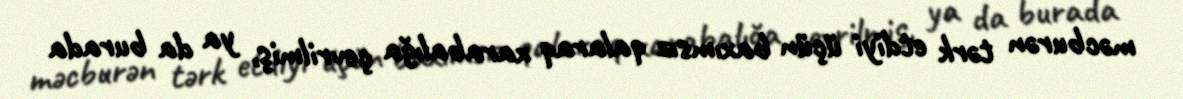
məcburən tərk etdiyi üçün baxımsız qalaraq xarabalığa çevrilmiş, ya da burada